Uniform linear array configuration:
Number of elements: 12
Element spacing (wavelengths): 0.75
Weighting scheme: uniform
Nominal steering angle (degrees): -30
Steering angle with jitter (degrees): -31.603
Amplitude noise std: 0.05
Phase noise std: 0.05

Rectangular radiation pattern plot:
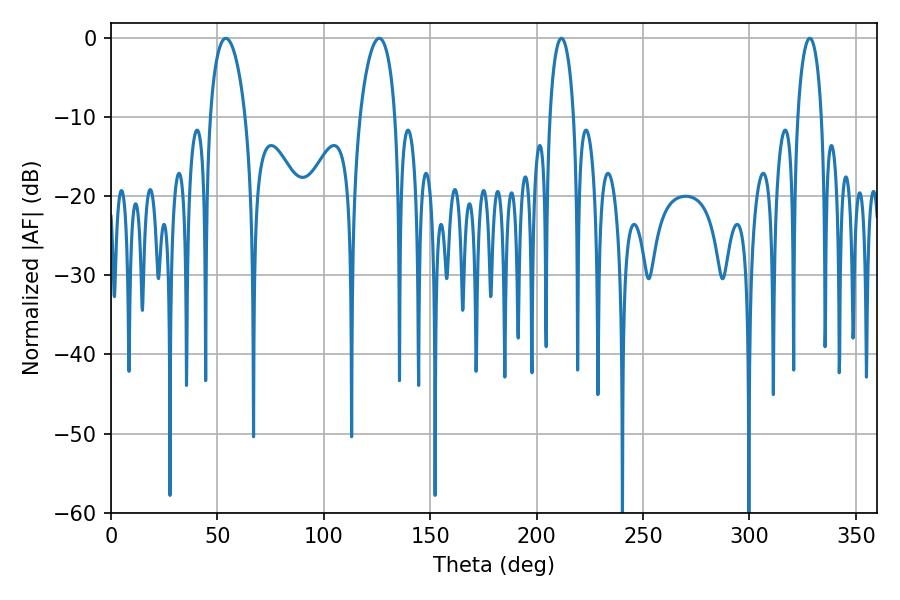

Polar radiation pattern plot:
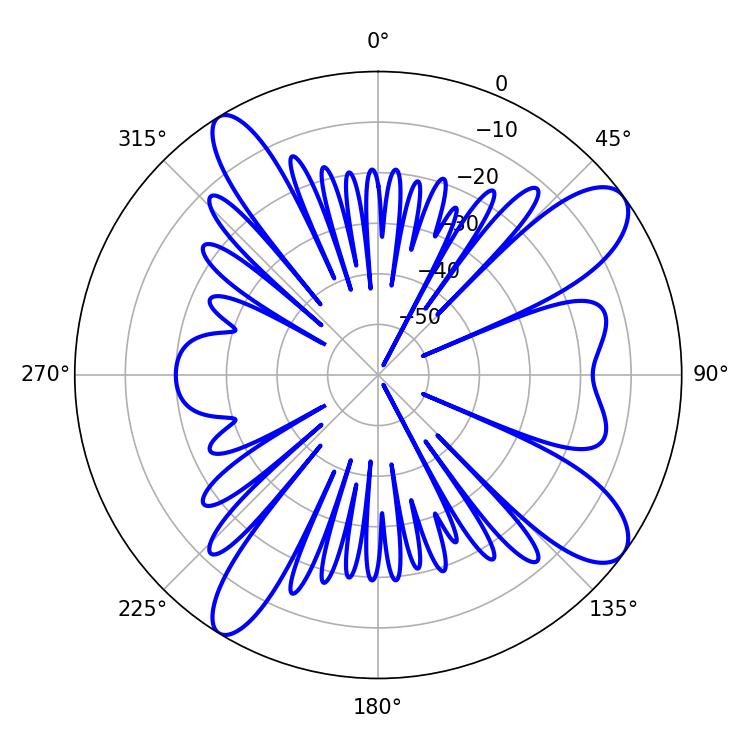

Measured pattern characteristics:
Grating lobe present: TRUE
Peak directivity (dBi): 10.725
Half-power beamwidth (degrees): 9.54
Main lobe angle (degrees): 54